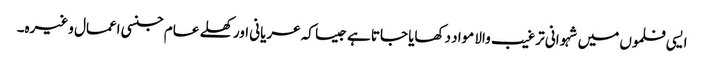
ایسی فلموں میں شہوانی ترغیب والا مواد دکھایا جاتا ہے جیسا کہ عریانی اور کھلے عام جنسی اعمال وغیرہ۔